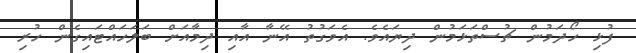
ފުޅި ހޯދަމުން ޗުސްތަޅަމުން ދިޔައެވެ. އެވަގުތު އޭނާ އާއި ދިމާއަށް ބަލަހައްޓައިގެން ހުރި